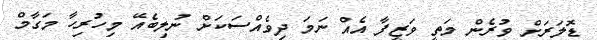
ޑޮލަރަށް ވުރެން މަތީ ވަޒީފާ އެއް ނަމަ ދިވެއްސަކަށް ނުލިބެއޭ މިހުރިހާ މަގާމް